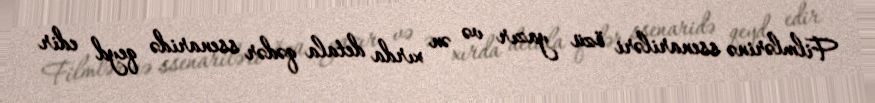
Filmlərinə ssenariləri özü yazır və ən xırda detala qədər ssenaridə qeyd edir